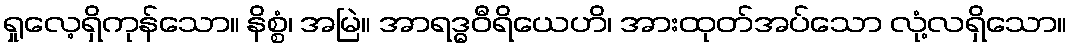
ရှုလေ့ရှိကုန်သော။ နိစ္စံ၊ အမြဲ။ အာရဒ္ဓဝီရိယေဟိ၊ အားထုတ်အပ်သော လုံ့လရှိသော။